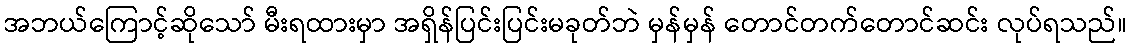
အဘယ်ကြောင့်ဆိုသော် မီးရထားမှာ အရှိန်ပြင်းပြင်းမခုတ်ဘဲ မှန်မှန် တောင်တက်တောင်ဆင်း လုပ်ရသည်။